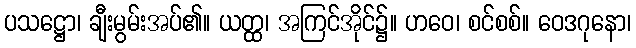
ပသဋ္ဌော၊ ချီးမွမ်းအပ်၏။ ယတ္ထ၊ အကြင်အိုင်၌။ ဟဝေ၊ စင်စစ်။ ဝေဒဂုနော၊